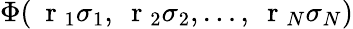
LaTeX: \Phi(\mathrm{~\mathbf~r~}_{1}\sigma_{1},\mathrm{~\mathbf~r~}_{2}\sigma_{2},\dots,\mathrm{~\mathbf~r~}_{N}\sigma_{N})